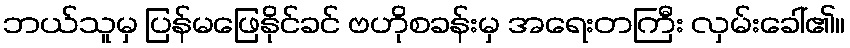
ဘယ်သူမှ ပြန်မဖြေနိုင်ခင် ဗဟိုစခန်းမှ အရေးတကြီး လှမ်းခေါ်၏။